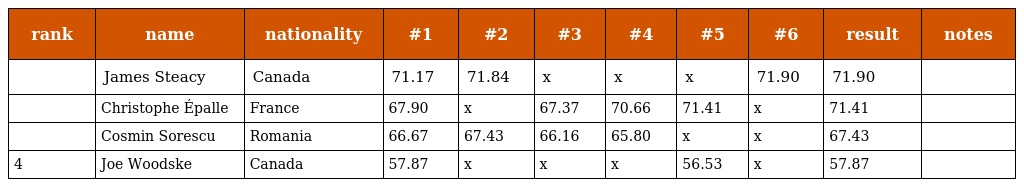
| rank | name | nationality | #1 | #2 | #3 | #4 | #5 | #6 | result | notes |
 | --- | --- | --- | --- | --- | --- | --- | --- | --- | --- | --- |
 |  | James Steacy | Canada | 71.17 | 71.84 | x | x | x | 71.90 | 71.90 |  |
 |  | Christophe Épalle | France | 67.90 | x | 67.37 | 70.66 | 71.41 | x | 71.41 |  |
 |  | Cosmin Sorescu | Romania | 66.67 | 67.43 | 66.16 | 65.80 | x | x | 67.43 |  |
 | 4 | Joe Woodske | Canada | 57.87 | x | x | x | 56.53 | x | 57.87 |  |